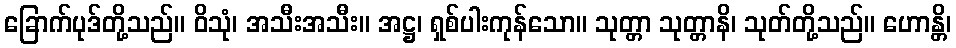
ခြောက်ပုဒ်တို့သည်။ ဝိသုံ၊ အသီးအသီး။ အဋ္ဌ၊ ရှစ်ပါးကုန်သော။ သုတ္တာ သုတ္တာနိ၊ သုတ်တို့သည်။ ဟောန္တိ၊